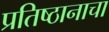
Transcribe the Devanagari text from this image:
प्रतिष्ठानाचा